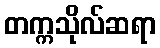
တက္ကသိုလ်ဆရာ